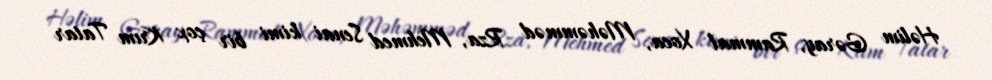
Həlim Gəray, Rammal Xoca, Məhəmməd Rza, Mehmed Senai kimi bir çox Krım Tatar